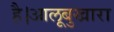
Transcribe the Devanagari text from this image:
है।आलूबुखारा